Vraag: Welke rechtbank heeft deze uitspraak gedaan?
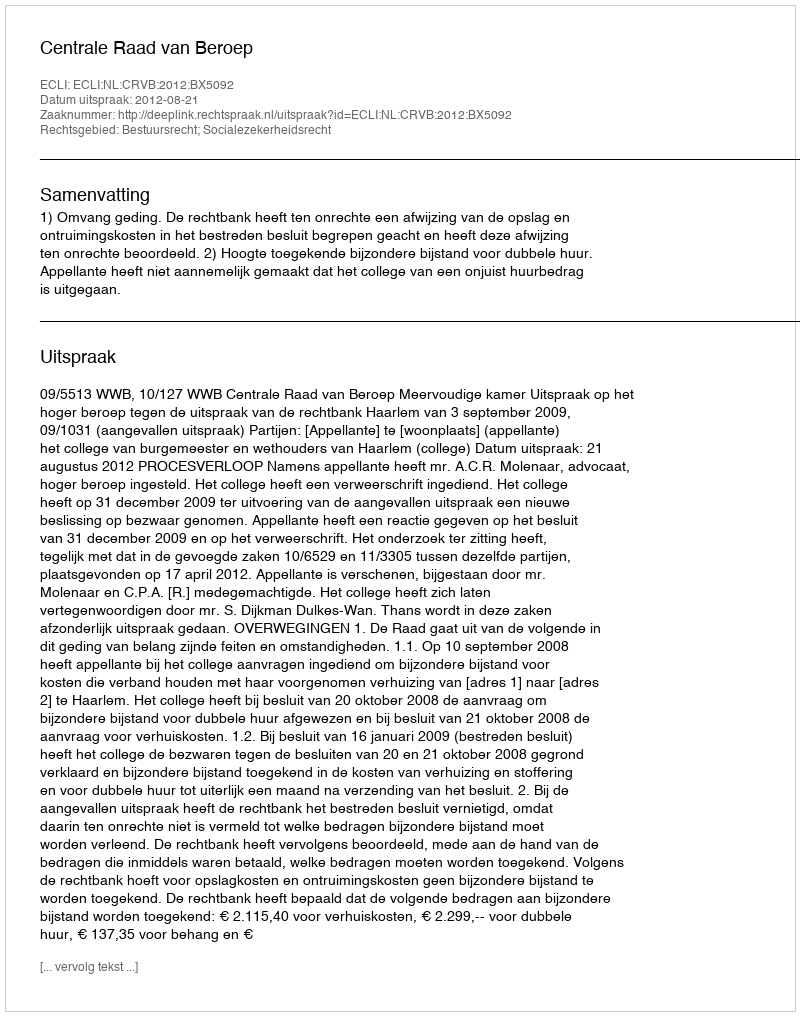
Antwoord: Centrale Raad van Beroep